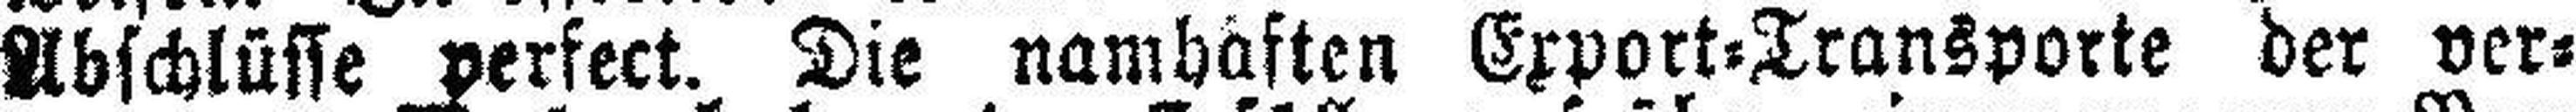
Abschlüsse perfect. Die namhaften Export=Transporte der ver¬